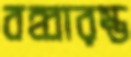
বহ্বারম্ভ